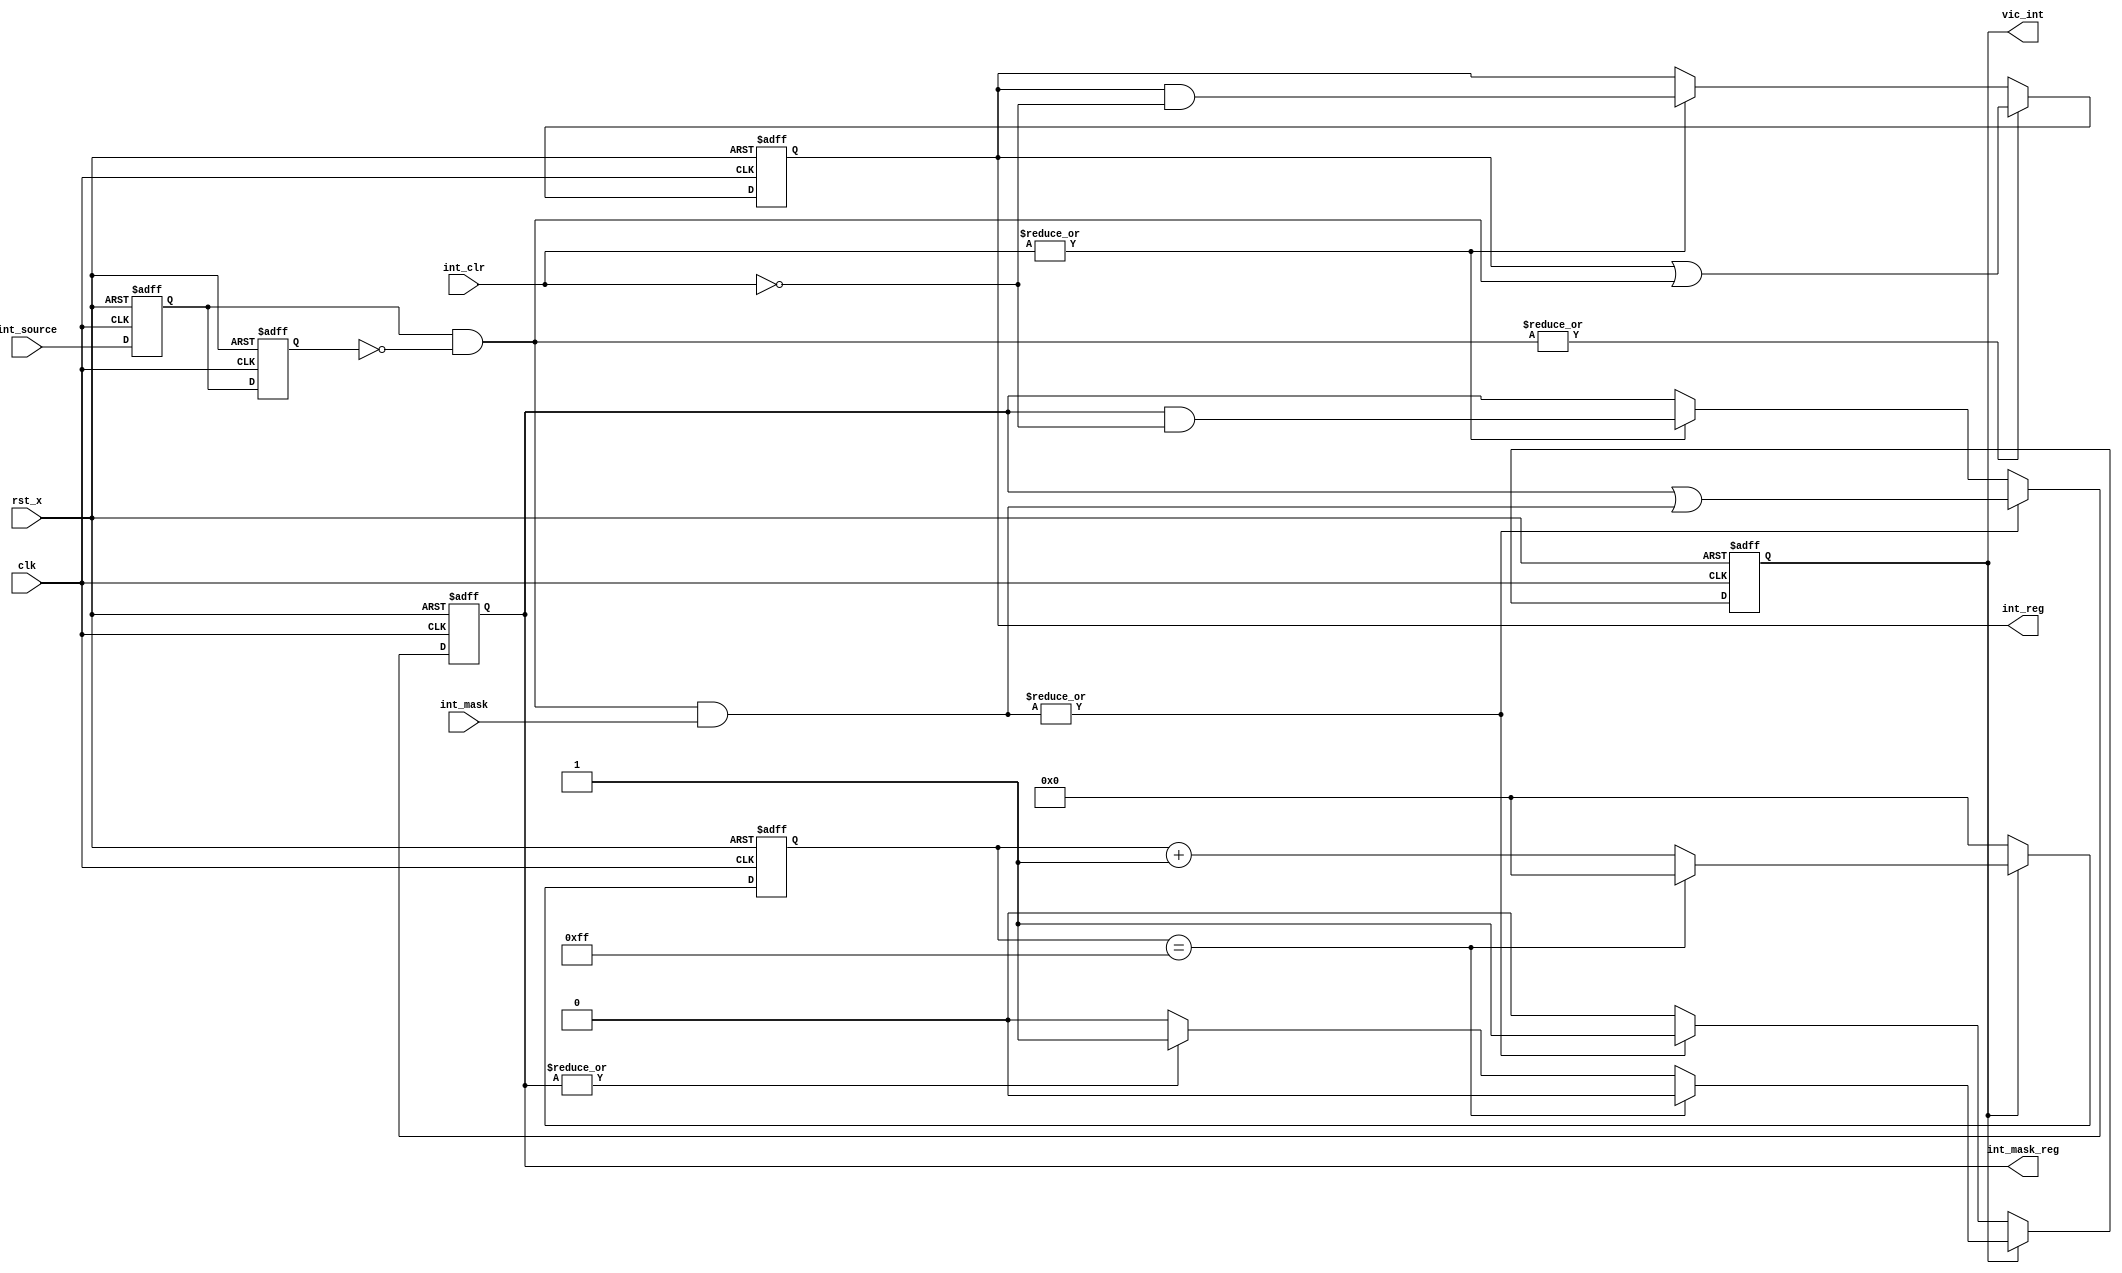
module simple_vic#(parameter INT_NUM=6,parameter INT_WIDTH=8)(
  input clk,
  input rst_x,
  input [INT_NUM-1:0] int_source,
  input [INT_NUM-1:0] int_mask,
  input [INT_NUM-1:0] int_clr,
  output vic_int,
  output reg [INT_NUM-1:0] int_reg,
  output reg [INT_NUM-1:0] int_mask_reg
);
reg [INT_NUM-1:0] int_source_d0;
reg [INT_NUM-1:0] int_source_d1;
wire[INT_NUM-1:0] int_source_pulse;

always @(posedge clk or negedge rst_x)
  if(!rst_x)begin
    int_source_d0<=0;
    int_source_d1<=0;
  end else begin
    int_source_d0<=int_source;
    int_source_d1<=int_source_d0;
  end

assign int_source_pulse=(int_source_d0&~int_source_d1);
wire vic_int_pulse  =|(int_source_pulse[INT_NUM-1:0] & int_mask[INT_NUM-1:0]);

always @(posedge clk or negedge rst_x)
  if(!rst_x)
    int_reg<='d0;
  else if(|int_source_pulse)
    int_reg<=int_reg|int_source_pulse;
  else if(|int_clr) 
  	int_reg<=int_reg&(~int_clr);

always @(posedge clk or negedge rst_x)
  if(!rst_x)
    int_mask_reg<='d0;
  else if(vic_int_pulse)
    int_mask_reg<=int_mask_reg | {int_source_pulse&int_mask};
  else if(|int_clr) 
  	int_mask_reg<=int_mask_reg&(~int_clr);

reg [INT_WIDTH-1:0] clk_cnt;
reg int_state;
always @(posedge clk or negedge rst_x)
	if(!rst_x)begin
		clk_cnt<=0;
		int_state<=1'b0;
	end	else if(int_state==0)	begin
		clk_cnt<=0;
		if(vic_int_pulse)
			int_state<=1'b1;
	end	else begin 
		if(~(|int_mask_reg))
			int_state<=1'b0;
		if(clk_cnt=={INT_WIDTH{1'b1}})
			int_state<=0;
		if(clk_cnt=={INT_WIDTH{1'b1}})
			clk_cnt<=0;
		else
			clk_cnt<=clk_cnt+1'b1;
	end
// int duration!	
assign vic_int=(INT_WIDTH==0) ? vic_int_pulse:int_state;
endmodule